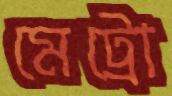
মেট্রো